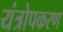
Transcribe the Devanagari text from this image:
यंत्रोपकरण